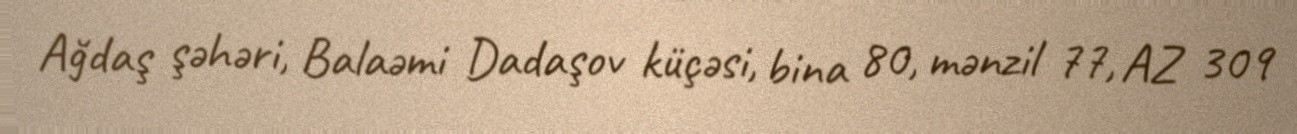
Ağdaş şəhəri, Balaəmi Dadaşov küçəsi, bina 80, mənzil 77, AZ 309